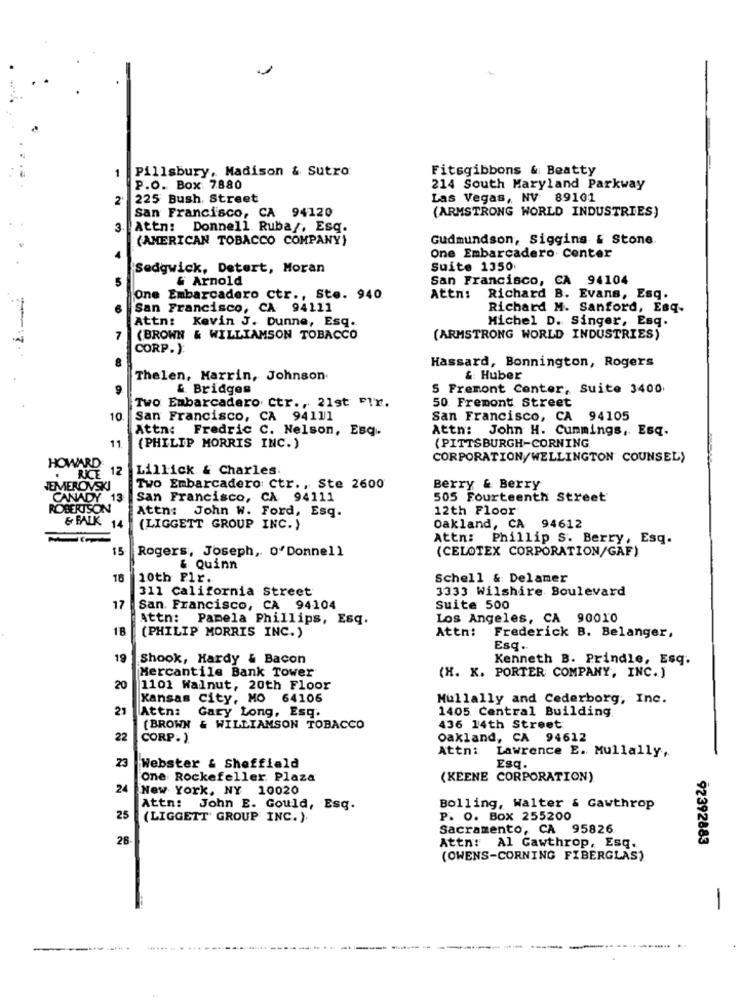
Pillsbury, Madison & Sutro
Fitsgibbons & Beatty
1
P.O. Box: 7880
214 South Maryland Parkway
2
225 Bush. Street
Las Vegas, NV 89101
San Francisco, CA 94120
(ARMSTRONG WORLD INDUSTRIES)
3.
Attn: Donnell Rubar, Esq.
(AMERICAN TOBACCO COMPANY)
Gudmundson, Sigging & Stone.
One Embarcadero Center
Sedgwick, Detert, Moran
Suite 1350
& Arnold
San Francisco, CA 94104
One Embarcadero ctr ., Ste. 940
Attn: Richard B. Evans, Esq.
San Francisco, CA 94111
Richard M. Sanford, Esq.
Attn: Kevin J. Dunne, Esq.
Michel D. Singer, Esq.
(BROWN & WILLIAMSON TOBACCO
(ARMSTRONG WORLD INDUSTRIES)
CORP.):
Hassard, Bonnington, Rogers
Thelen, Marrin, Johnson.
& Huber
9
& Bridges
5 Fremont Conter, Suite 3400
Two Embarcadero ctr ., 21st Fr.
50 Fremont Street
10
San Francisco, CA 94111
San Francisco, CA 94105
Attn: Fredric C. Nelson, Esq.
Attn: John H. Cummings, Esq.
11
(PITTSBURGH-CORNING
(PHILIP MORRIS INC.)
CORPORATION/WELLINGTON COUNSEL>
HOWARD
12
Lillick & Charles.
RICE
JEMEROVSKI
Two Embarcadero ctr ., Ste 2600
Berry & Berry
CANADY 13
San Francisco, CA 94111
505 Fourteenth Street
ROBERTSON
Attn: John W. Ford, Esq.
12th Floor
& BALK 14
(LIGGETT GROUP INC.)
Oakland, CA 94612
Attn: Phillip S. Berry, Esq.
15
Rogers, Joseph, o' Donnell
(CELOTEX CORPORATION/GAF)
& Quinn
16
10th Fir.
Schell & Delamer
311 california Street
3333 Wilshire Boulevard
17
San. Francisco, CA 94104
Suite 500
Attn: Pamela Phillips, Esq.
Los Angeles, CA 90010
18
(PHILIP MORRIS INC. )
Attn: Frederick B. Belanger,
Esq ..
19
Shook, Hardy & Bacon
Kenneth B. Prindle, Esq.
Mercantile Bank Tower
(H. K. PORTER COMPANY, INC. )
20
1101 Walnut, 20th Floor
Kansas City, MO 64106
Mullally and Cederborg, Inc.
21
Attn: Gary Long, Esq.
1405 Central Building.
(BROWN & WILLIAMSON TOBACCO
436 14th Street
22
CORP. ).
Oakland, CA 94612
Attni Lawrence E. Mullally,
23
Webster & Sheffield
Esq.
One Rockefeller Plaza
(KEENE CORPORATION)
24
New York, NY 10020
Attn: John E. Gould, Esq.
Bolling, Walter & Gawthrop
25
(LIGGETT' GROUP INC. ).
P. O. Box 255200
Sacramento, CA 95826
28
92392883
Attn: Al Gawthrop, Esq.
(OWENS-CORNING FIBERGLAS)
-
---